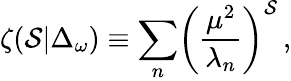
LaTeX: \zeta(\mathcal{S}\vert\Delta_{\omega})\equiv\sum_{n}\biggl({\frac{{\mu^{2}}}{{\lambda_{n}}}}\biggr)^{\mathcal{S}}\, ,